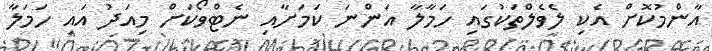
އާންމުކޮށް އެކި ލެވެލްތަކުގައި ހަމާލާ އަންނަ ކަމަށާއި ނެޓްވޯކަށް މިއަދު އައި ހަމަލާ